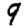
Digit: 9